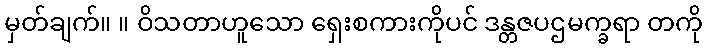
မှတ်ချက်။ ။ ဝိသတာဟူသော ရှေးစကားကိုပင် ဒန္တဇပဌမက္ခရာ တကို